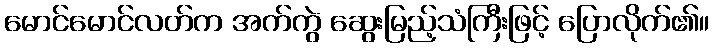
မောင်မောင်လတ်က အက်ကွဲ ဆွေးမြည့်သံကြီးဖြင့် ပြောလိုက်၏။